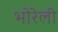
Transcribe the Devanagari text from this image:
भोरेली